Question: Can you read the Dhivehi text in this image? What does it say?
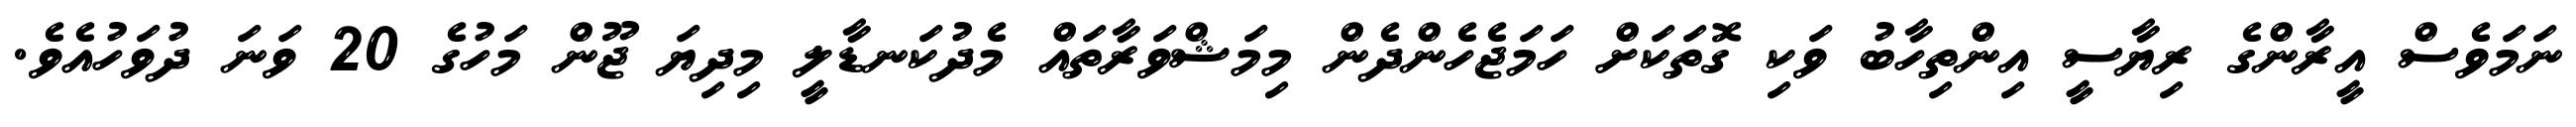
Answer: ނަމަވެސް އީރާންގެ ރިޔާސީ އިންތިހާބު ވަކި ގޮތަކަށް ހަމަޖެހެންދެން މިމަޝްވަރާތައް މެދުކަނޑާލީ މިދިޔަ ޖޫން މަހުގެ 20 ވަނަ ދުވަހުއެވެ.